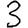
Digit: 3